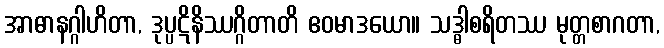
အာဓာနဂ္ဂါဟိတာ, ဒုပ္ပဋိနိဿဂ္ဂိတာတိ ဧဝမာဒယော။ သဒ္ဓါစရိတဿ မုတ္တစာဂတာ,